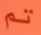
تم